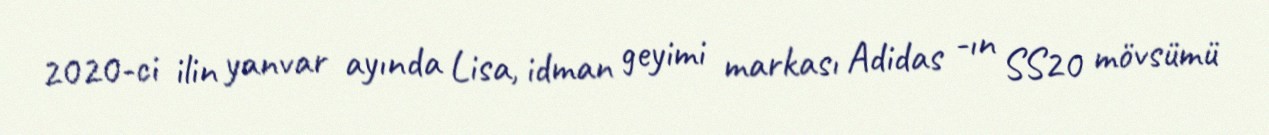
2020-ci ilin yanvar ayında Lisa, idman geyimi markası Adidas -ın SS20 mövsümü